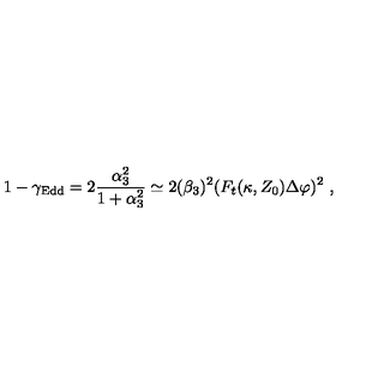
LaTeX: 1 - \gamma _ { \mathrm { E d d } } = 2 { \frac { \alpha _ { 3 } ^ { 2 } } { 1 + \alpha _ { 3 } ^ { 2 } } } \simeq 2 ( \beta _ { 3 } ) ^ { 2 } ( F _ { t } ( \kappa , Z _ { 0 } ) \Delta \varphi ) ^ { 2 } \ ,